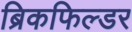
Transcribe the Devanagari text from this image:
ब्रिकफिल्डर